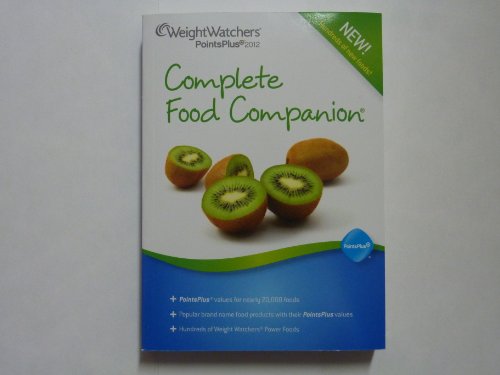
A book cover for Weight Watchers PointsPlus 2012 Complete Food Companion; Health, Fitness & Dieting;